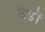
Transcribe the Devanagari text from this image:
बेडों